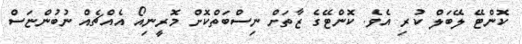
ކޮންޓޭ ލޭބަލް ކުރި އެވެ. ކޮންޓޭގެ ޒާތަށް ނިސްބަތްކޮށް މޮރީނިއޯ އެއްޗެއް ނުބުންޏަސް